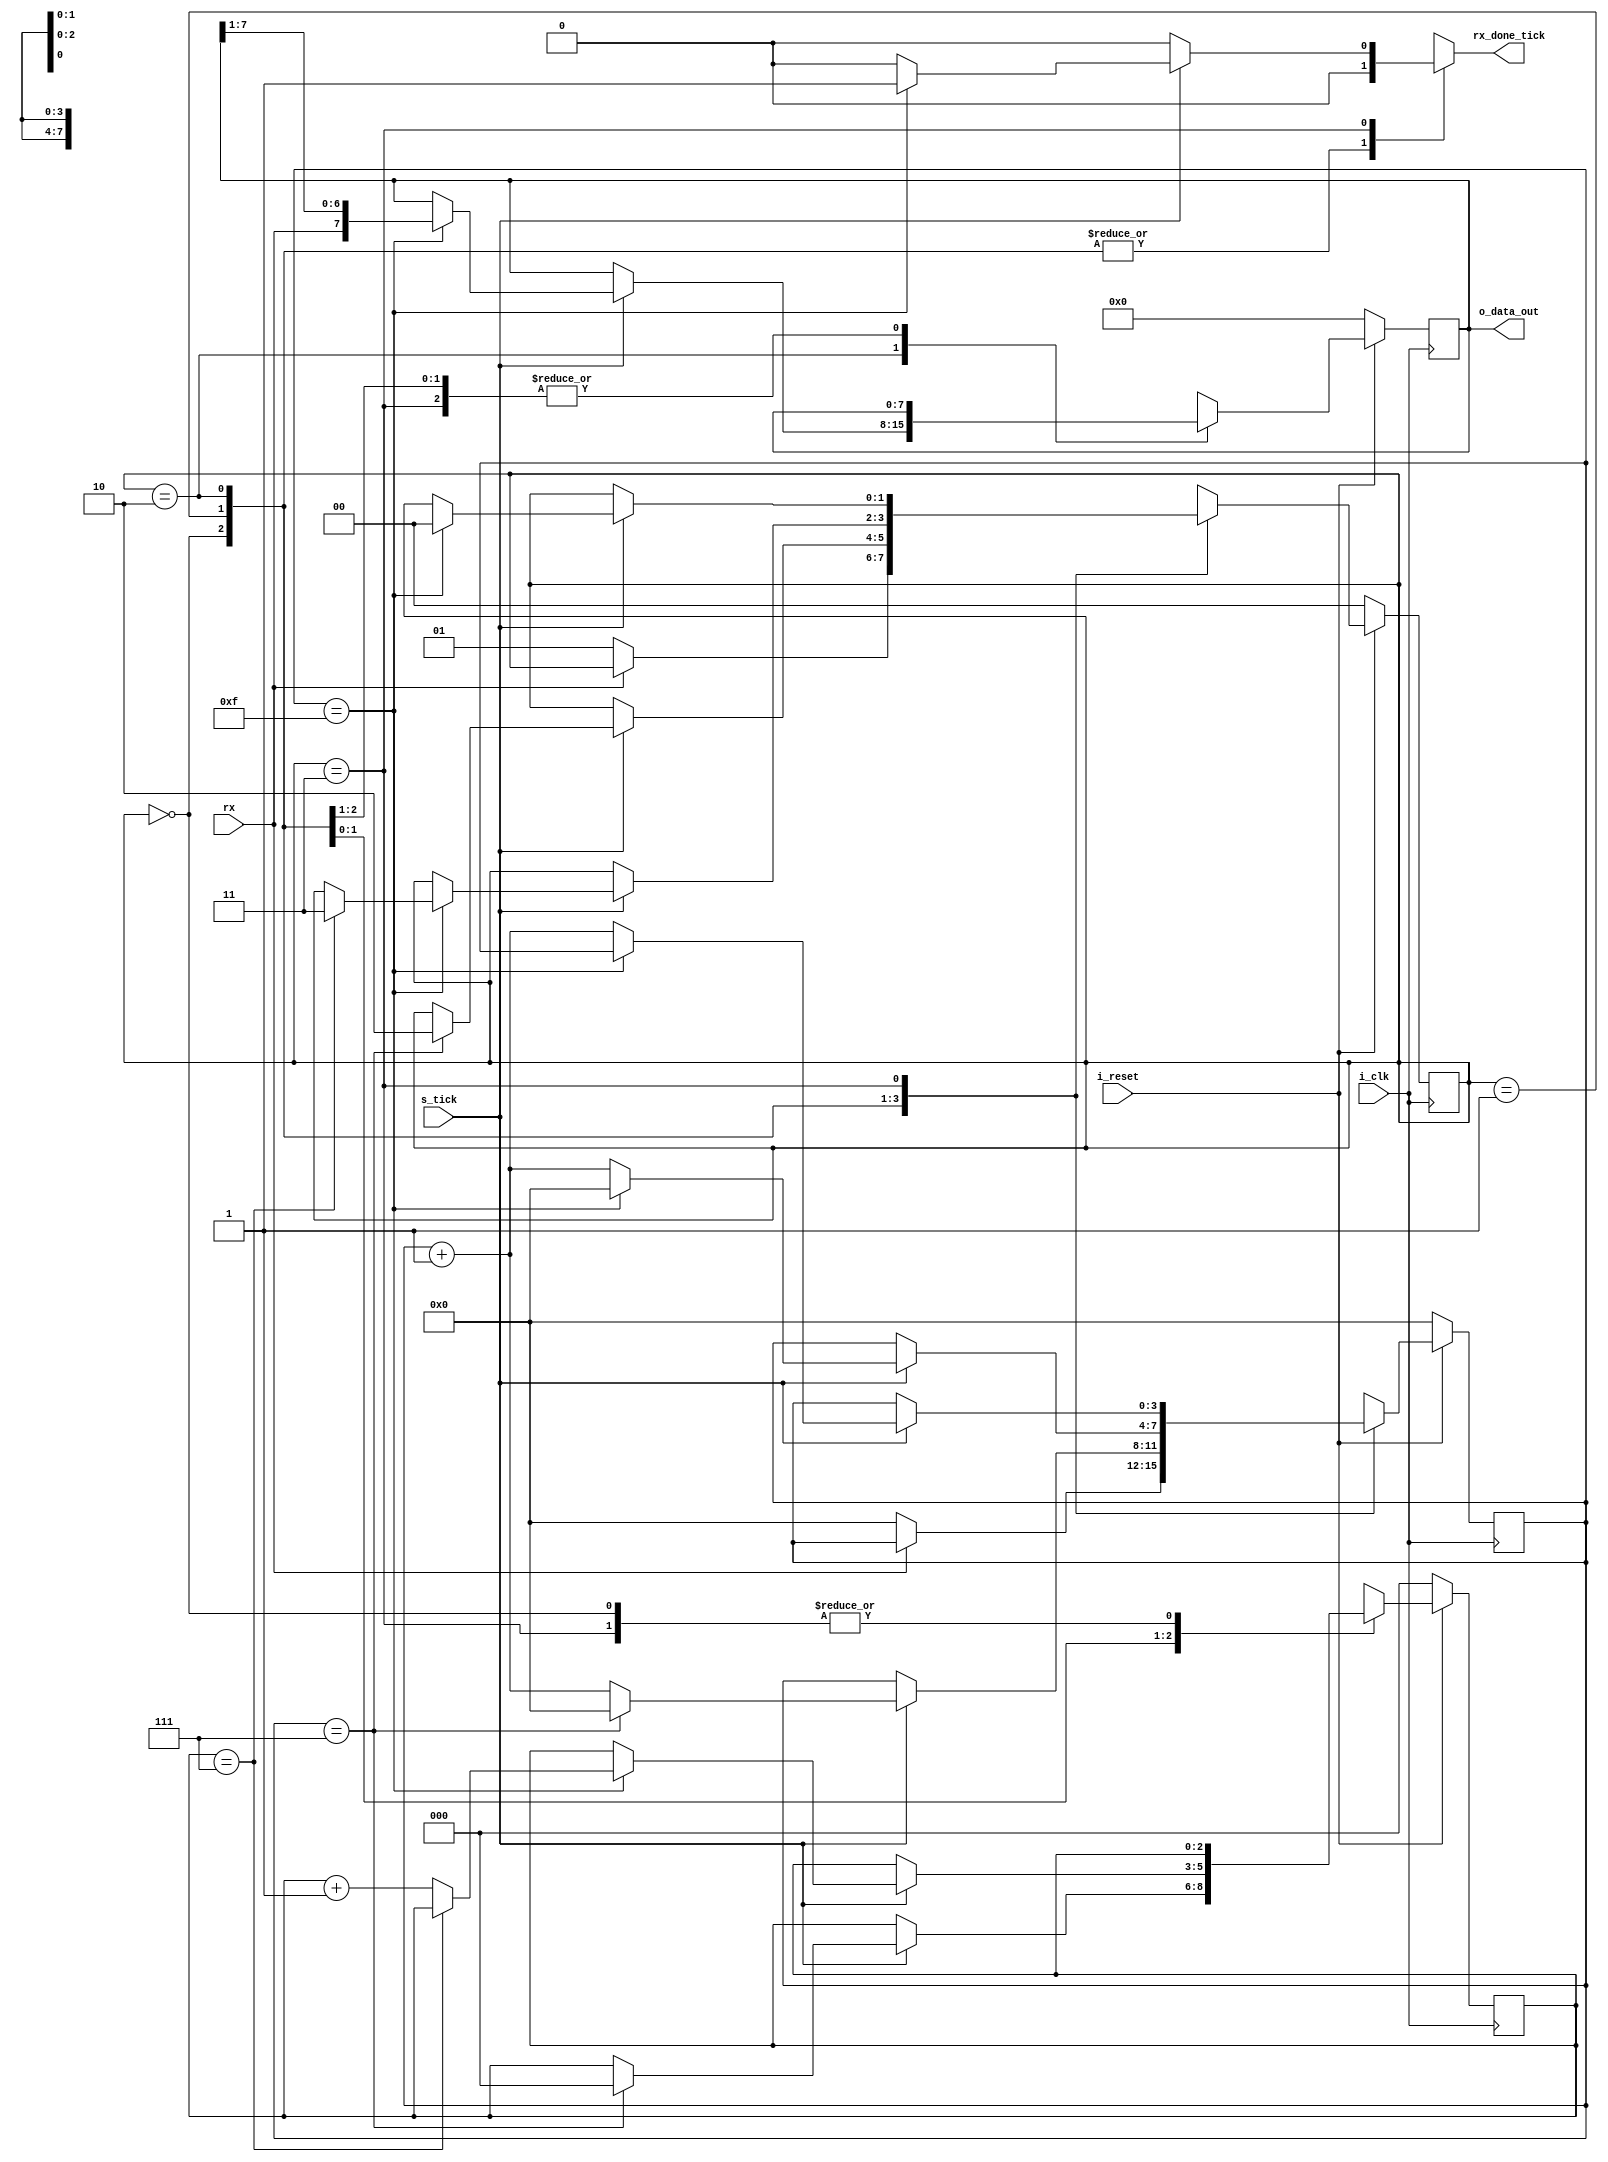
`timescale 1ns / 1ps
//////////////////////////////////////////////////////////////////////////////////
// Company: 
// Engineer: 
// 
// Design Name: 
// Module Name: uart_rx
// Project Name: 
// Target Devices: 
// Tool Versions: 
// Description: 
// 
// Dependencies: 
// 
// Revision:
// Revision 0.01 - File Created
// Additional Comments:
// 
//////////////////////////////////////////////////////////////////////////////////

module uart_rx
   #(
     parameter DBIT     =   8,      // # data bits
               SB_TICK  =   16      // # ticks for stop bits
   )
   (
    input   wire                    i_clk, 
    input   wire                    i_reset,
    input   wire                    rx, 
    input   wire                    s_tick,
    output  reg                     rx_done_tick,
    output  wire    [DBIT-1:0]      o_data_out
   );

   // symbolic state declaration
   localparam [1:0]
        IDLE    = 2'b00,    //Espero el bit de start
        START   = 2'b01,    //Inicializa los registros, solo se ejecuta un ciclo
        DATA    = 2'b10,    //Carga datos en el shift reg
        STOP    = 2'b11;    //Paso los datos a out, espero el bit de stop

   // signal declaration
   reg  [1:0]       state_reg, state_next;
   reg  [3:0]       s_reg, s_next;
   reg  [2:0]       n_reg, n_next;
   reg  [DBIT-1:0]  buffer, buffer_next;

   // body
   // FSMD state & data registers
   always @(posedge i_clk)
      if (!i_reset)
         begin
            state_reg   <= IDLE;
            s_reg       <= 0;
            n_reg       <= 0;
            buffer      <= 0;
         end
      else
         begin
            state_reg   <= state_next;
            s_reg       <= s_next;
            n_reg       <= n_next;
            buffer      <= buffer_next;
         end

   // FSMD next-state logic 
   // Logica para el proximo estado
   always @(*)
   begin
      state_next    = state_reg;
      rx_done_tick  = 1'b0;
      s_next        = s_reg;
      n_next        = n_reg;
      buffer_next   = buffer;
      
      case (state_reg)
         IDLE:
            if (~rx)
               begin
                  state_next    = START;
                  s_next        = 0;
               end
         START:
            if (s_tick)
               if (s_reg==7)
                  begin
                     state_next = DATA;
                     s_next     = 0;
                     n_next     = 0;
                  end
               else
                  s_next = s_reg + 1;
         DATA:
            if (s_tick)
               if (s_reg==15)
                  begin
                     s_next         = 0;
                     buffer_next    = {rx, buffer[7:1]};
                     
                     if (n_reg==(DBIT-1))
                        state_next = STOP ;
                      else
                        n_next = n_reg + 1;
                   end
               else
                  s_next = s_reg + 1;
         STOP:
            if (s_tick)
               if (s_reg==(SB_TICK-1))
                  begin
                     state_next = IDLE;
                     rx_done_tick =1'b1;
                  end
               else
                  s_next = s_reg + 1;
      endcase
   end
   // output
   assign o_data_out = buffer;

endmodule